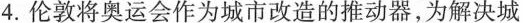
4.伦敦将奥运会作为城市改造的推动器，为解决城